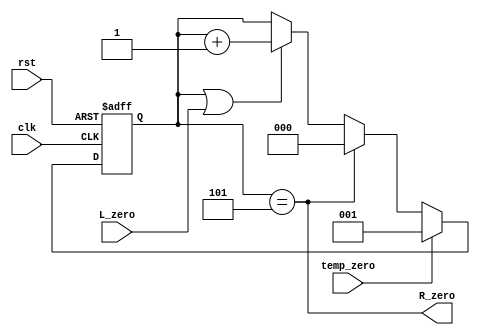
module R_count_L2(clk,rst,R_zero,L_zero,temp_zero);
input  L_zero;
input clk,rst,temp_zero;
//input [2:0] temp;
 reg [2:0] R;
 output wire R_zero;


always @ (posedge clk or negedge rst)
	begin
		if (! rst ) begin
			R<=0;  end
		else if (temp_zero)begin
			R<=1; end
		else if (R==5)begin
			R<=0; ;end
		else if (R||L_zero )
			R<=R+3'b01;
	end
assign R_zero=R==5;
endmodule